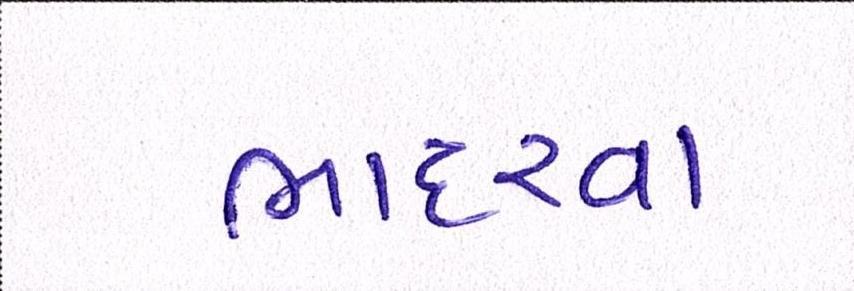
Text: ભાદરવા